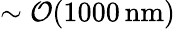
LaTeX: \sim\mathcal{O}(1000\, \mathrm{nm})